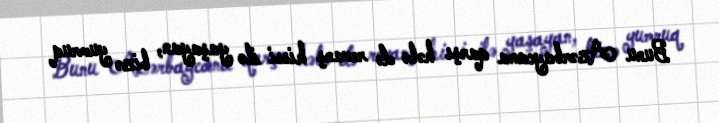
Bunu Azərbaycana qarşı hələ də revanş hissi ilə yaşayan, bizə yumruq